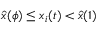
\hat { x } ( \phi ) \leq x _ { i } ( t ) < \hat { x } ( 1 )